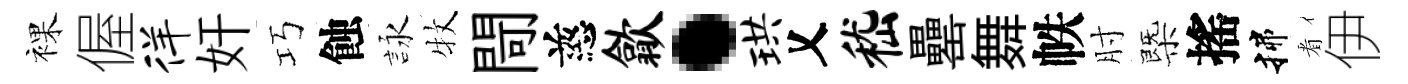
裸偓徉奸巧蝕詠牧閜慈歙·珙乂嵇罍舞帙肘㮣搖揲㸔伊